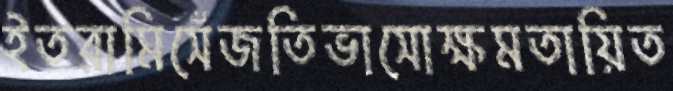
ইতরামিসেঁজতিভাসোক্ষমতায়িত